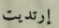
إرتديت